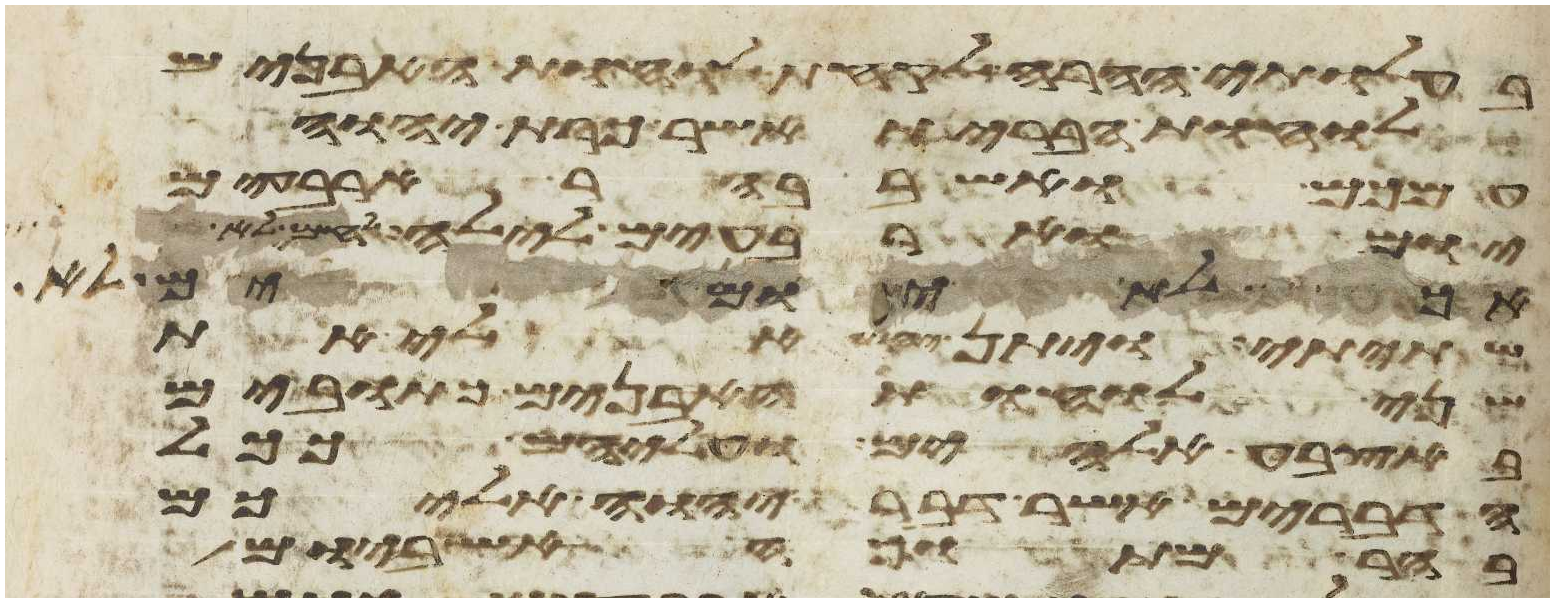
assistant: בעלותי ההרה לקחת לוחות האבנים
לוחת הברית אשר כרת יהוה
עמכם ואשב בהר ארבעים
יום וארבעים לילה לחם לא
אתה ליהוה אלהיך לא
שתיתי ויתן יהוה אלי את
שני לוחת האבנים כתובים
באצבע אלהים ועליהם ככל
הדברים אשר דבר יהוה אליכם
בהר מתוך האש ביום הקהל